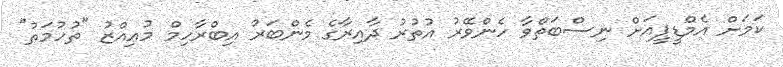
ކަމަށް އެމްޑީޕީއަށް ނިސްބަތްވާ ހެންވޭރު އުތުރު ދާއިރާގެ މެންބަރު އިބްރާހިމް މުޢިއްޒު "ތުހުމަތު"